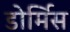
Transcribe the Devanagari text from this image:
डोर्मिस